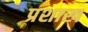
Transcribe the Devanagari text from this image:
प्रशाख